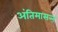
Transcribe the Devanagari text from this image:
अंतिमासन्ऩ